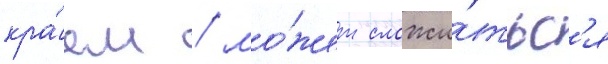
кра́ем / мо́жет сложи́тьс'я